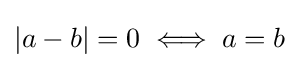
|a-b|=0\iff a=b